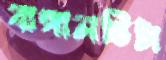
বাঙ্গালভিটা